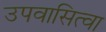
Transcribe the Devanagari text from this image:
उपवासित्वा